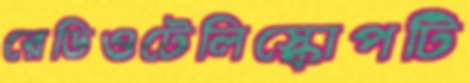
রেডিওটেলিস্কোপটি